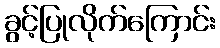
ခွင့်ပြုလိုက်ကြောင်း